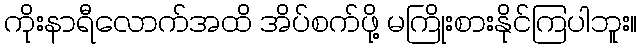
ကိုးနာရီလောက်အထိ အိပ်စက်ဖို့ မကြိုးစားနိုင်ကြပါဘူး။